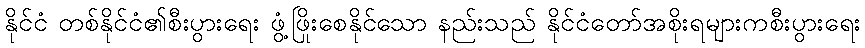
နိုင်ငံ တစ်နိုင်ငံ၏စီးပွားရေး ဖွံ့ဖြိုးစေနိုင်သော နည်းသည် နိုင်ငံတော်အစိုးရများကစီးပွားရေး